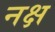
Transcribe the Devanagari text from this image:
नक्ष